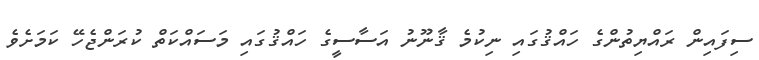
ސިފައިން ރައްޔިތުންގެ ހައްޤުގައި ނިކުމެ ޤާނޫނު އަސާސީގެ ހައްޤުގައި މަސައްކަތް ކުރަންޖެހޭ ކަމަށެވެ